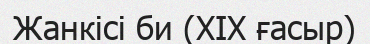
Жанкісі би (XIX ғасыр)